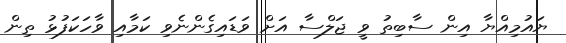
ޔައުމިއްޔާ އިން ސާބިތު ވީ ޖަލްސާ އަށް ވަޑައިގެންނެވި ކަމާއި ވާހަކަފުޅު ތިން